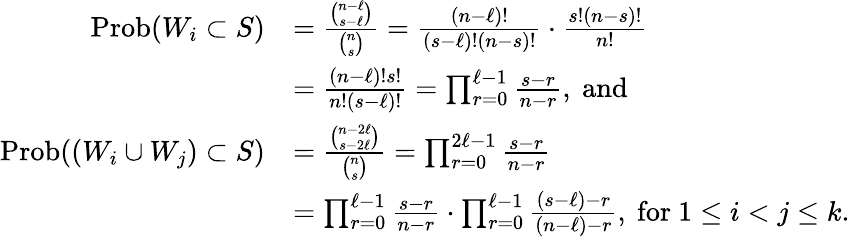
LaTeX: \begin{array}{rl}{\mathrm{Prob}(W_{i}\subset S)}&{=\frac{{\binom{n-\ell}{s-\ell}}}{{\binom{n}{s}}}=\frac{(n-\ell)!}{(s-\ell)!(n-s)!}\cdot\frac{s!(n-s)!}{n!}}\\ &{=\frac{(n-\ell)!s!}{n!(s-\ell)!}=\prod_{r=0}^{\ell-1}\frac{s-r}{n-r},\mathrm{~and~}}\\ {\mathrm{Prob}((W_{i}\cup W_{j})\subset S)}&{=\frac{{\binom{n-2\ell}{s-2\ell}}}{{\binom{n}{s}}}=\prod_{r=0}^{2\ell-1}\frac{s-r}{n-r}}\\ &{=\prod_{r=0}^{\ell-1}\frac{s-r}{n-r}\cdot\prod_{r=0}^{\ell-1}\frac{(s-\ell)-r}{(n-\ell)-r},\mathrm{~for~}1\leq i<j\leq k.}\end{array}